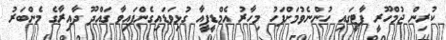
ކުރިން ޖުމްހޫރީ ޕާޓީގައި ހުންނެވުމަށްފަހު މިހާރު އެމްޑީޕީއާ ގުޅިވަޑައިގެންފައިވާ ގައްދޫ ދާއިރާގެ މެންބަރު